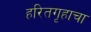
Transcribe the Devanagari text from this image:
हरितगृहाचा